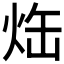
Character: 𤈒